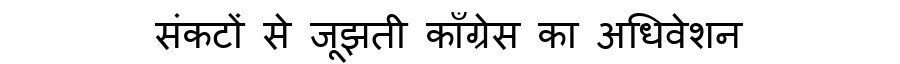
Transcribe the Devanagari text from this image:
संकटों से जूझती काँग्रेस का अधिवेशन